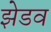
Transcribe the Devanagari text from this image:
झेडव